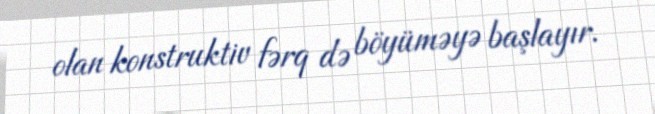
olan konstruktiv fərq də böyüməyə başlayır.